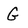
Character: G